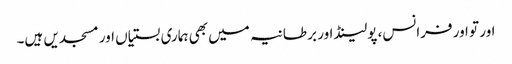
اور تو اور فرانس، پولینڈ اور بر طانیہ میں بھی ہماری بستیاں اور مسجدیں ہیں۔